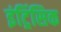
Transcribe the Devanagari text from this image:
इंट्रिंसिक